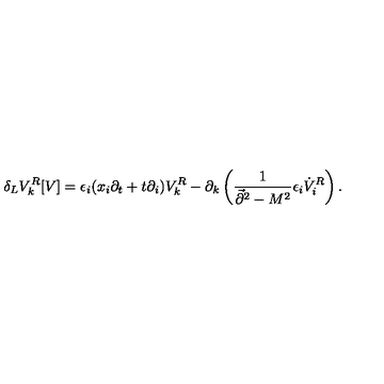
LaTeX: \delta _ { L } V _ { k } ^ { R } [ V ] = \epsilon _ { i } ( x _ { i } \partial _ { t } + t \partial _ { i } ) V _ { k } ^ { R } - \partial _ { k } \left( { \frac { 1 } { \vec { \partial } ^ { 2 } - M ^ { 2 } } } \epsilon _ { i } \dot { V } _ { i } ^ { R } \right) .